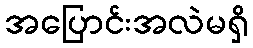
အပြောင်းအလဲမရှိ